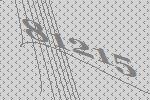
81215